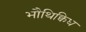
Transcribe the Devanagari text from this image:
भौथिक्विध